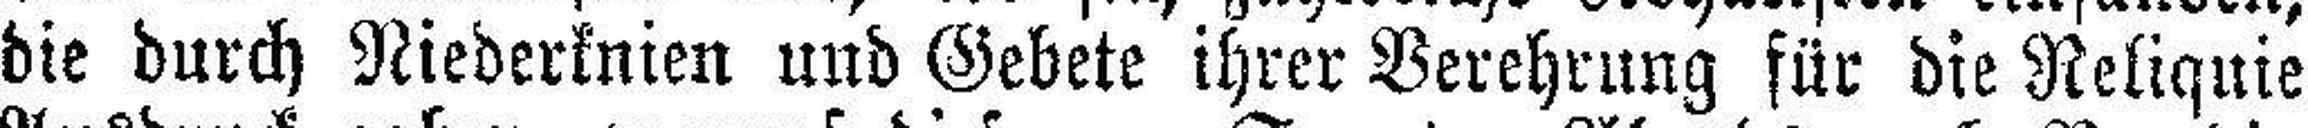
die durch Niederknien und Gebete ihrer Verehrung für die Reliquie